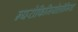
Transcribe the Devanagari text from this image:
न्यरोफिजियोलॉजिस्ट